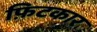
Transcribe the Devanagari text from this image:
फ़िटकार